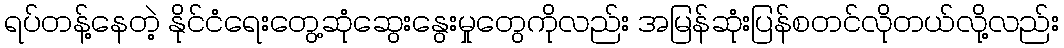
ရပ်တန့်နေတဲ့ နိုင်ငံရေးတွေ့ဆုံဆွေးနွေးမှုတွေကိုလည်း အမြန်ဆုံးပြန်စတင်လိုတယ်လို့လည်း